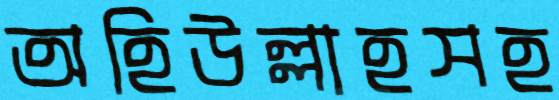
অহিউল্লাহসহ